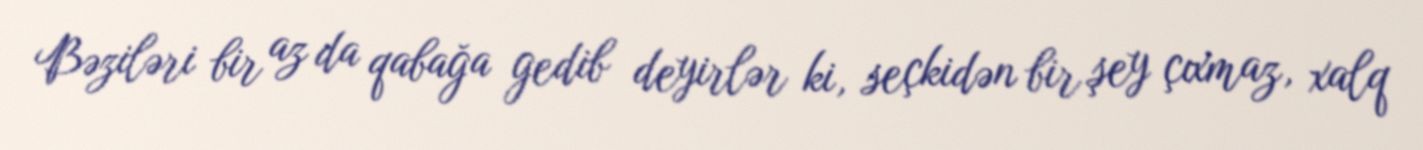
Bəziləri bir az da qabağa gedib deyirlər ki, seçkidən bir şey çıxmaz, xalq